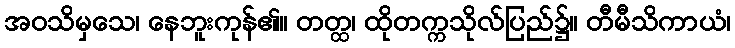
အဝသိမှသေ၊ နေဘူးကုန်၏။ တတ္ထ၊ ထိုတက္ကသိုလ်ပြည်၌။ တီမီသိကာယံ၊